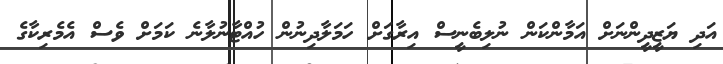
އަދި ޔަޒީދީންނަށް އަމާންކަން ނުލިބެނީސް އިރާގަށް ހަމަލާދިނުން ހުއްޓާނުލާނެ ކަމަށް ވެސް އެމެރިކާގެ